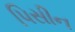
પિસીન